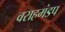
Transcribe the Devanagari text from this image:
वराहमंडप